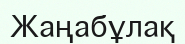
Жаңабұлақ